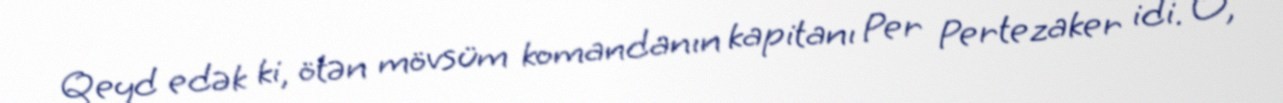
Qeyd edək ki, ötən mövsüm komandanın kapitanı Per Pertezaker idi. O,